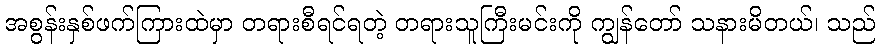
အစွန်းနှစ်ဖက်ကြားထဲမှာ တရားစီရင်ရတဲ့ တရားသူကြီးမင်းကို ကျွန်တော် သနားမိတယ်၊ သည်